Report by Surgeon-Major Lyons, I.M.S., President of the Plague Research Committee - Part I
Disease focus: Plague
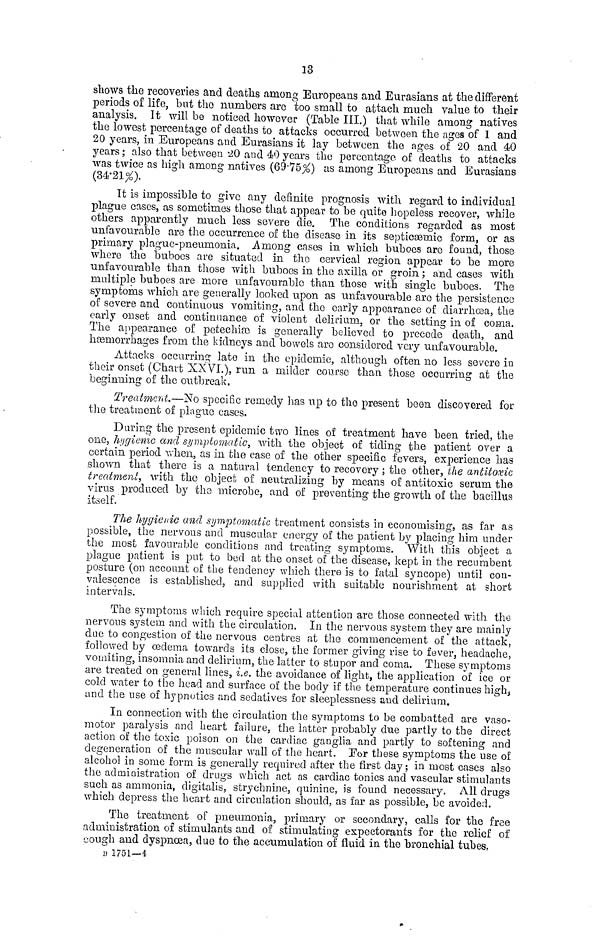
13
shows the recoveries and deaths among Europeans and Eurasians at the different
periods of life, but the numbers arc too small to attach much value to their
analysis. It will be noticed however (Table III.) that while among natives
the lowest percentage of deaths to attacks occurred between the ages of 1 and
20 years, in Europeans and Eurasians it lay between the ages of 20 and 40
years ; also that between 20 and 40 years the percentage of deaths to attacks
was twice as high among natives (69.75%) as among Europeans and Eurasians
(34.21%).
It is impossible to give any definite prognosis with regard to individual
plague cases, as sometimes those that appear to be quito hopeless recover, while
others apparently much less severe die. The conditions regarded as most
unfavourable are the occurrence of the disease in its septicaemic form, or as
primary plague-pneumonia. Among cases in which buboes are found, those
where the buboes are situated in the cervical region appear to be more
unfavourable than those with buboes in the axilla or groin ; and cases with
multiple buboes are more unfavourable than those with single buboes. The
symptoms which are generally looked upon as unfavourable are the persistence
of severe and continuous vomiting, and the early appoarance of diarrhoea, the
early onset and continuance of violent delirium, or the setting in of coma.
The appearance of petechiae is generally believed to precede death, and
haemorrhages from the kidneys and bowels are considered very unfavourable.
Attacks occurring late in the epidemic, although often no less severe in
their onset (Chart XXVI.), run a milder course than those occurring at the
beginning of the outbreak.
Treatment.—NO specific remedy has up to the present been discovered for
the treatment of plague cases.
During the present epidemic two lines of treatment have been tried, the
one, hygienic and symptomatic, with the object of tiding the patient over a
certain period when, as in the case of the other specific fevers, experience has
shown that there is a natural tendency to recovery ; the other, the antitoxic
treatment, with the object of neutralizing by means of antitoxic serum the
virus produced by the microbe, and of preventing the growth of the bacillus
itself,
The hygienic and symptomatic treatment consists in economising, as far as
possible, the nervous and muscular energy of the patient by placing him under
the most favourable conditions and treating symptoms. With this object a
plague patient is put to bed at the onset of the disease, kept in the recumbent
posture (on account of the tendency which there is to fatal syncope) until con-
valescence is established, and supplied with suitable nourishment at short
intervals.
The symptoms which require special attention are those connected with the
nervous system and with the circulation. In the nervous system they are mainly
due to congestion of the nervous centres at the commencement of the attack,
followed by oedema towards its close, the former giving rise to fever, headache,
vomiting, insomnia and delirium, the latter to stupor and coma. These symptoms
are treated on general lines, i.e. the avoidance of light, the application of ice or
cold water to the head and surface of the body if the temperature continues high,
and the use of hypnotics and sedatives for sleeplessness and delirium.
In connection with the circulation the symptoms to be combatted are vaso-
motor paralysis and heart failure, the latter probably due partly to the direct
action of the toxic poison on the cardiac ganglia and partly to softening and
degeneration of the muscular wall of the heart. For these symptoms the use of
alcohol in some form is generally required after the first day ; in most cases also
the administration of drugs which act as cardiac tonics and vascular stimulants
such as ammonia, digitalis, strychnine, quinine, is found necessary. All drugs
which depress the heart and circulation should, as far as possible, be avoided.
The treatment of pneumonia, primary or secondary, calls for the free
administration of stimulants and of stimulating expectorants for the relief of
cough and dyspnoea, due to the accumulation of fluid in the bronchial
tubes,B